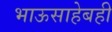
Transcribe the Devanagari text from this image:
भाऊसाहेबही